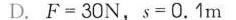
D.$$F = 3 0 N$$，$$s = 0 . 1 m$$